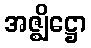
အဇ္ဈိဋ္ဌော